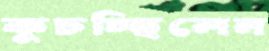
কুচচ্ছিলেন